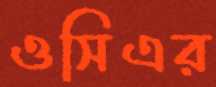
ওসিএর